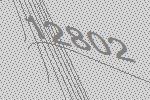
12802